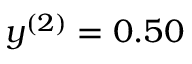
y ^ { ( 2 ) } = 0 . 5 0